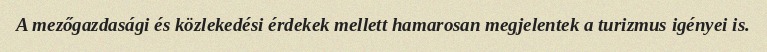
A mezőgazdasági és közlekedési érdekek mellett hamarosan megjelentek a turizmus igényei is.